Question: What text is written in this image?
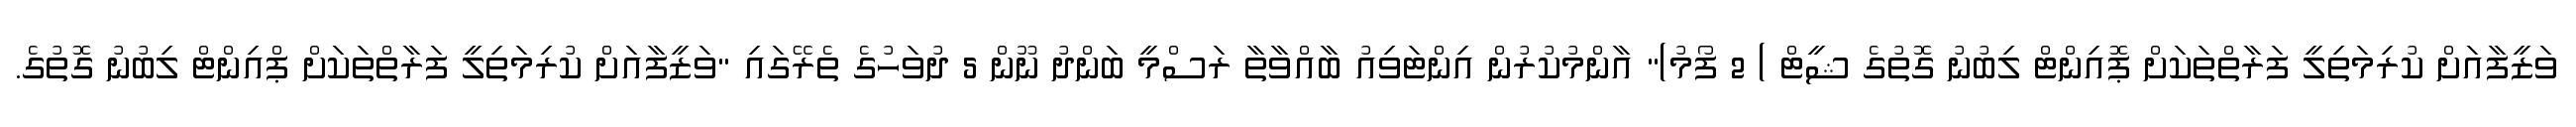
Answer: ވަޒީފާއަށް ކުރިމަތިލީ ފަރާތްތަކަށް ޕޮއިންޓް ލިބުނު ގޮތުގެ ޝީޓް ) 2 ފޯމު)" އާންމުކުރުން އިންޓަވިއު ބާއްވާތާ ރަސްމީ ބަންދު ނޫން 5 ދުވަހުގެ ތެރޭގައި "ވަޒީފާއަށް ކުރިމަތިލީ ފަރާތްތަކަށް ޕްއިންޓް ލިބުނު ގޮތުގެ.